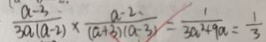
\frac { a - 3 } { 3 a ( a - 2 ) } \times \frac { a - 2 . } { ( a + 3 ) ( a - 3 ) } = \frac { 1 } { 3 a ^ { 2 } + 9 a } = \frac { 1 } { 3 }